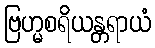
ဗြဟ္မစရိယန္တရာယံ